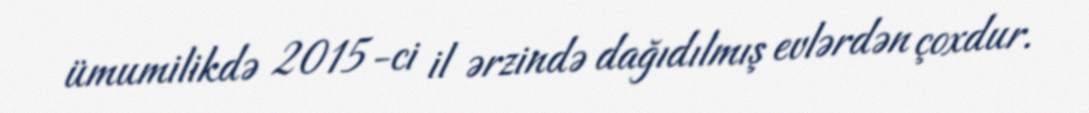
ümumilikdə 2015-ci il ərzində dağıdılmış evlərdən çoxdur.